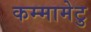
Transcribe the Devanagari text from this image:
कम्‍मामेटु